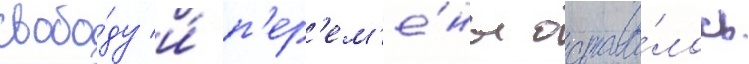
свобо́ду и́ п'ер'ем'е́ны остава́лось